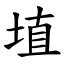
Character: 埴